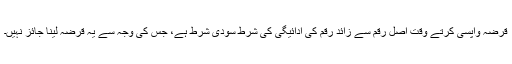
قرضہ واپسی کرتے وقت اصل رقم سے زائد رقم کی ادائیگی کی شرط سودی شرط ہے، جس کی وجہ سے یہ قرضہ لینا جائز نہیں۔